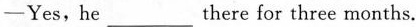
-Yes,he ___ there for three months.